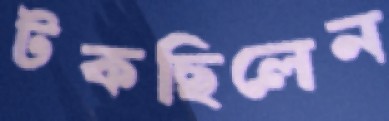
টকছিলেন